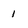
Character: 1